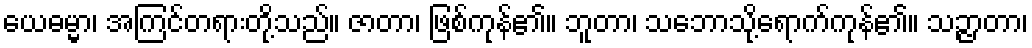
ယေဓမ္မာ၊ အကြင်တရားတို့သည်။ ဇာတာ၊ ဖြစ်ကုန်၏။ ဘူတာ၊ သဘောသို့ရောက်ကုန်၏။ သဉ္ဇာတာ၊